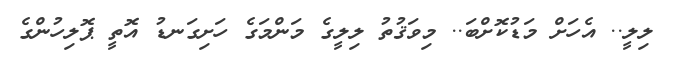
ލިލީ.. އެހަށް މަޑުކޮށްބަ.. މިވަޤުތު ލިލީގެ މަންމަގެ ހަށިގަނޑު އޮތީ ޕޮލިހުންގެ